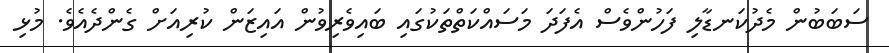
ސަބަބުން މެދުކަނޑާލި ފަހުންވެސް އެފަދަ މަސައްކަތްތަކުގައި ބައިވެރިވުން އައިޒަން ކުރިއަށް ގެންދެއެވެ. މުޅި